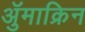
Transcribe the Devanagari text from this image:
ॲुमाक्रिन